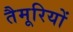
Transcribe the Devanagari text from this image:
तैमूरियों